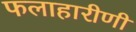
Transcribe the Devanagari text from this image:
फलाहारीणी